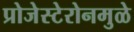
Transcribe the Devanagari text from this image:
प्रोजेस्टेरोनमुळे